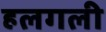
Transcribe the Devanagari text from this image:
हलगली